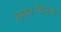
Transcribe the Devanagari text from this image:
स्वतःविनाश